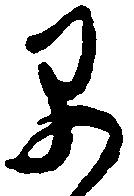
早